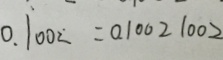
0 . \dot { 1 } 0 0 \dot { 2 } = 0 . 1 0 0 2 1 0 0 2